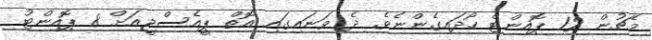
މެޗުން 12 ޕޮއިންޓް ހޯދައިގެންނެވެ. ދެ ވަނައިގައި އޮތް ޕީއެސްޖީއަށް 8 ޕޮއިންޓު